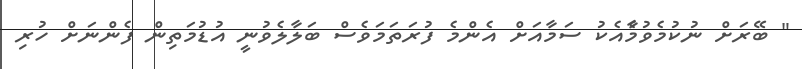
" ބޭރަށް ނުކުމެވުމާެއެކު ސަމާއަށް އެންމެ ފުރަތަމަވެސް ބަލާލެވުނީ އުޑުމަތިން ފެންނަށް ހުރި